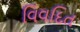
વિવદિત